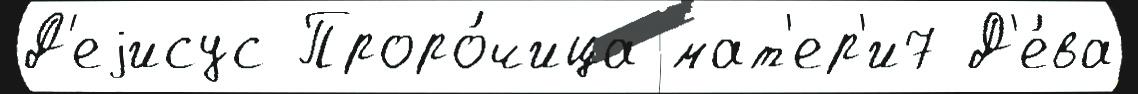
Д'еjисус Проро́чица мат'ер'и7 Д'е́ва